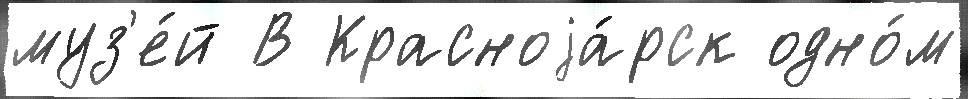
муз'е́й В Красноjа́рск одно́м